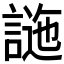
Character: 𧪁